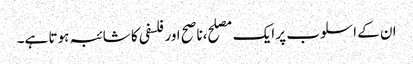
ان کے اسلوب پر ایک مصلح،ناصح اور فلسفی کا شائبہ ہوتا ہے۔